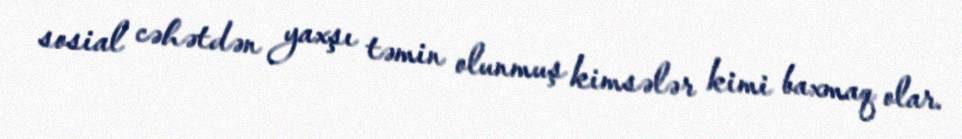
sosial cəhətdən yaxşı təmin olunmuş kimsələr kimi baxmaq olar.